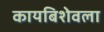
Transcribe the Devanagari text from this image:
कायबिशेवला